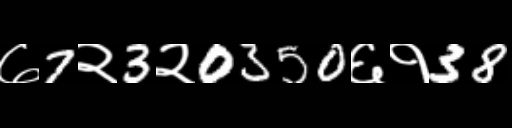
Text: ७7२3२0350६१38